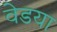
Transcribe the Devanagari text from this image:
वेडया